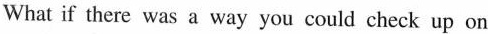
What if there was a way you could check up on